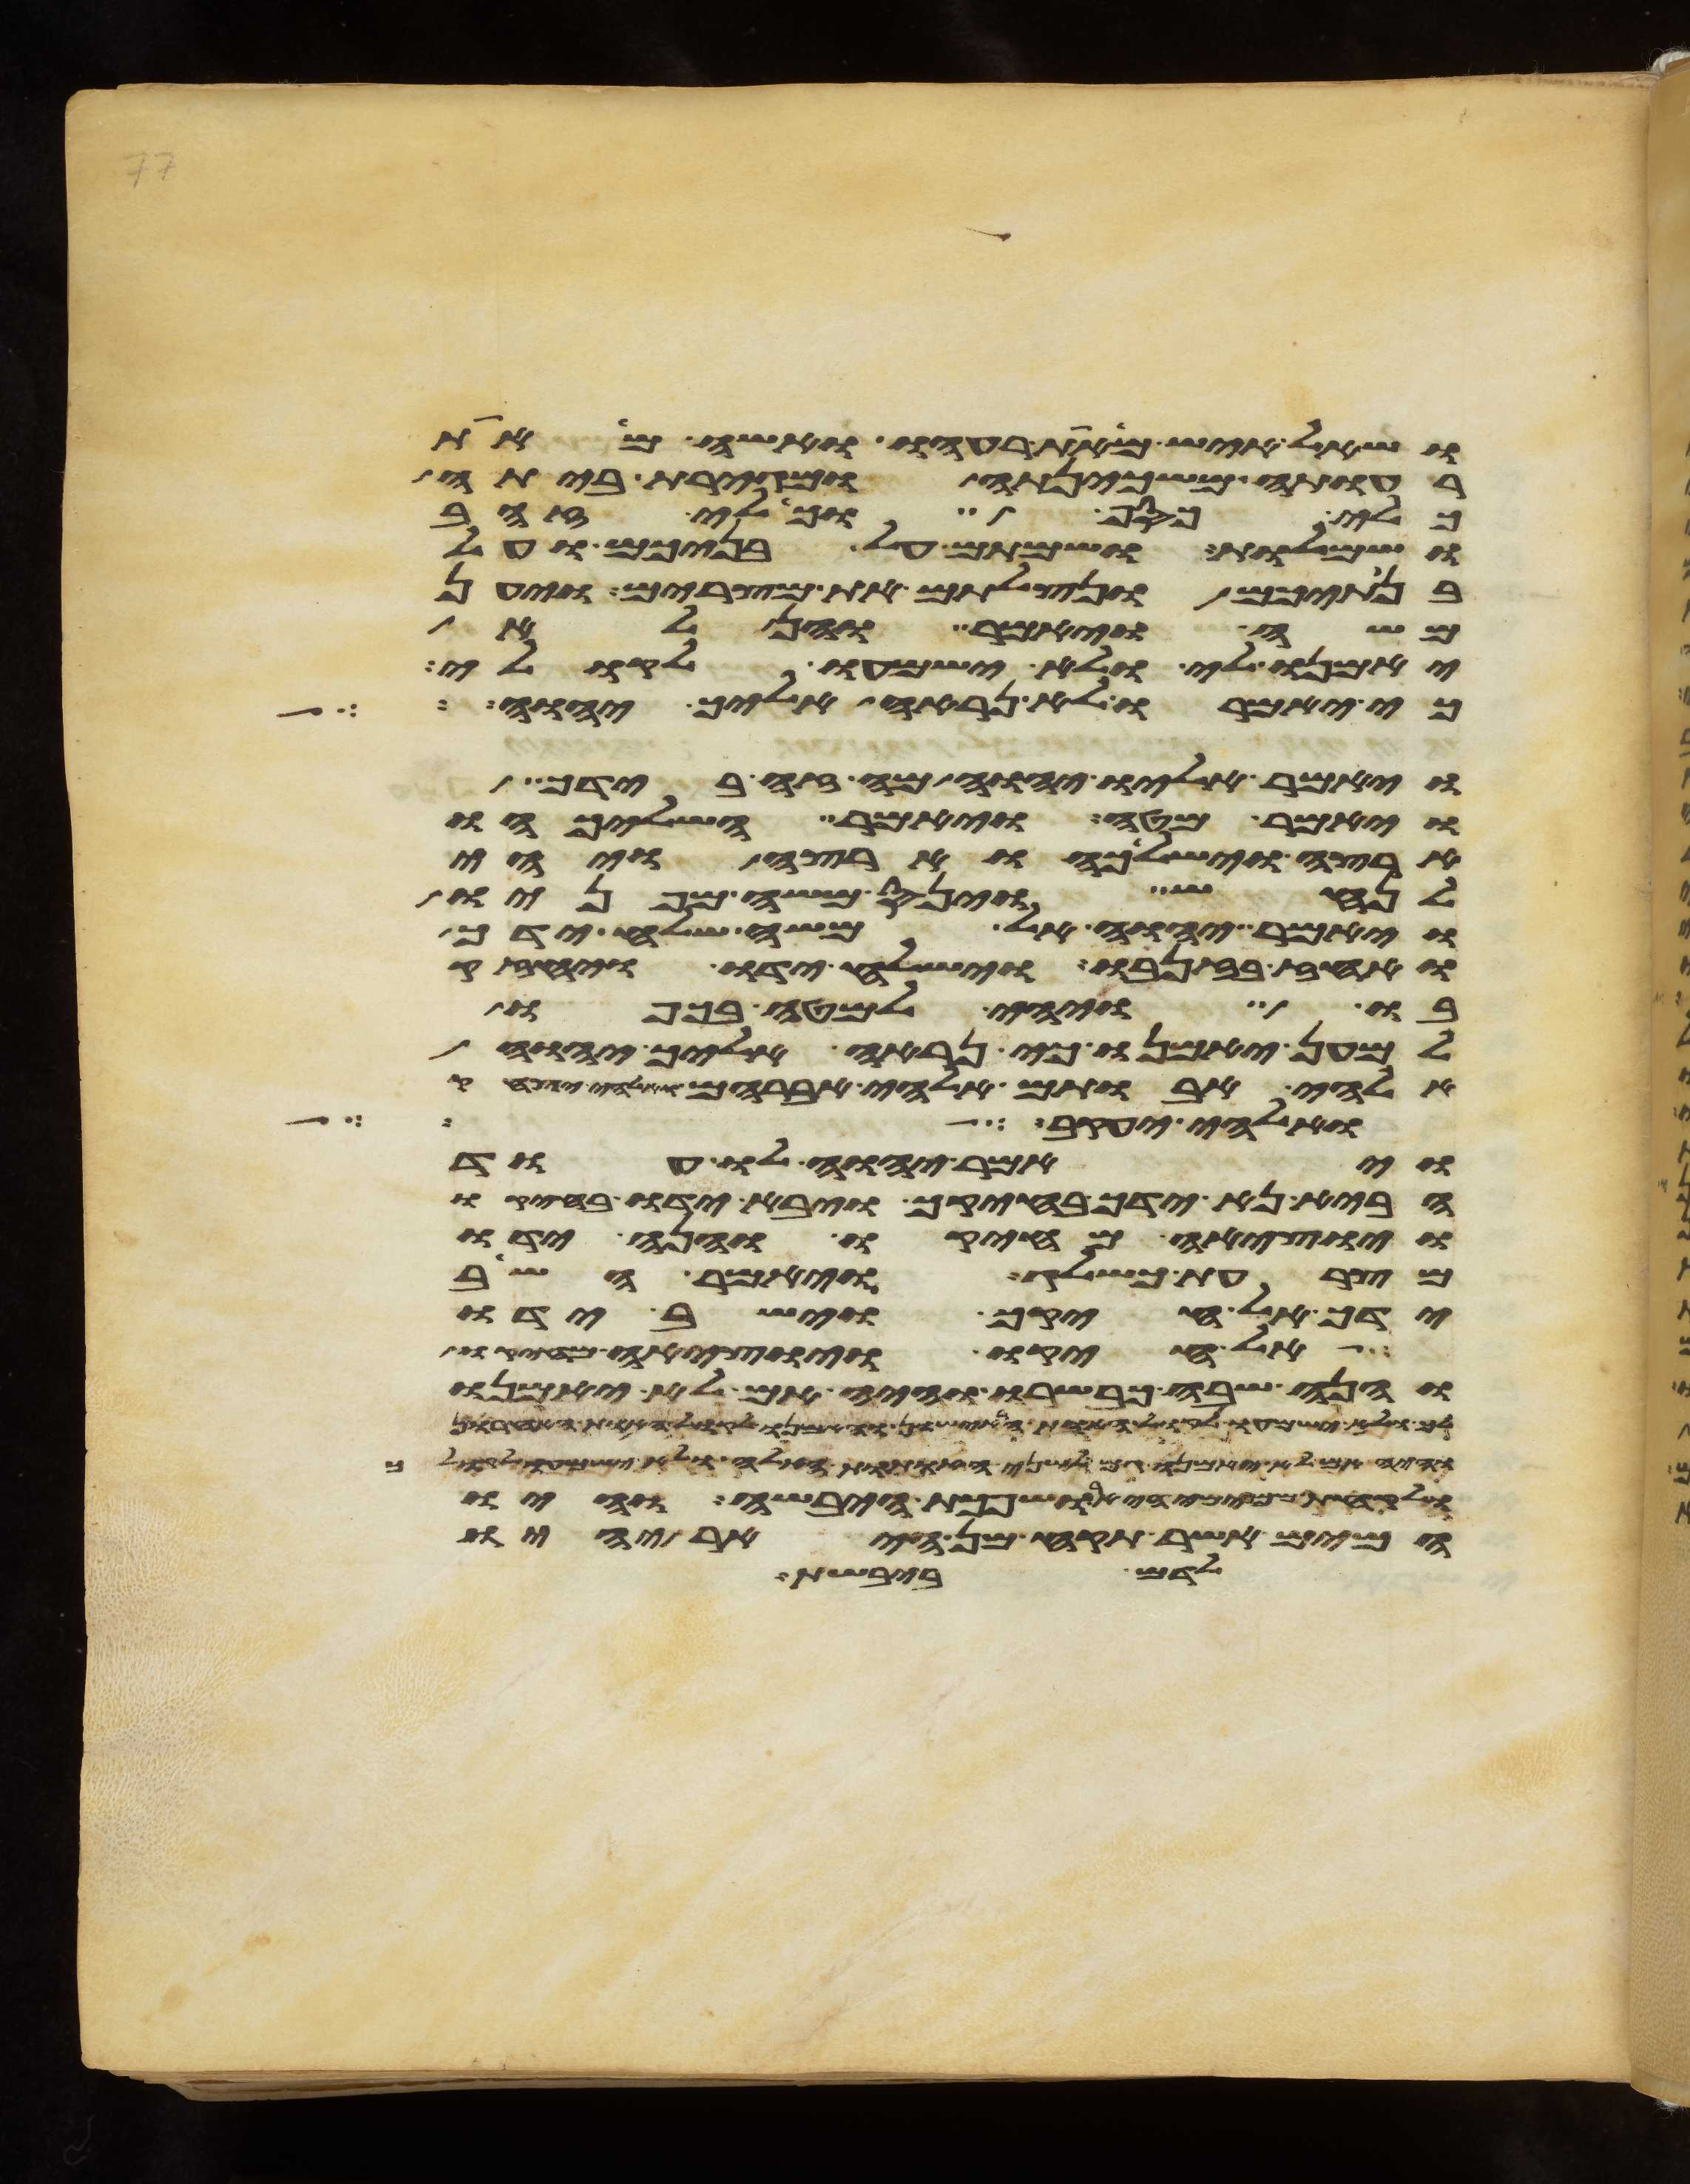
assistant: ושאל איש מאת רעהו ואשה מאת
רעותה משכינתה ומגירת ביתה
כלי כסף וכלי זהב
ושמלות ושמתם על בניכם ועל
בנתיכם ונצלתם את מצרים ויען
משה ויאמר והן לא
יאמנו לי ולא ישמעו לקולי
כי יאמרו לא נראה אליך יהוה
ויאמר אליו יהוה מה זה בידך
ויאמר מטה ויאמר השליכהו
ארצה וישלכהו ארצה ויהי
לנחש וינס משה מפניו
ויאמר יהוה אל משה שלח ידך
ואחז בזנבו וישלח ידו ויחזק
בו ויהי למטה בכפו
למען יאמנו כי נראה אליך יהוה
אלהי אבותם אלהי אברהם ואלהי יצחק
ואלהי יעקב
ויאמר יהוה לו עוד
הבא נא ידך בחיקך ויבא ידו בחיקו
ויוציאה מחיקו והנה ידו
מצרעת כשלג ויאמר השב
ידך אל חיקך וישב ידו
אל חיקו ויוציאה מחיקו
והנה שבה כבשרו והיה אם לא יאמנו
לך ולא ישמעו לקול האות הראישון והאמנו לקול האות האחרון
והיה אם לא יאמנו גם לשני האתות האלה ולא ישמעו לקולך
ולקחת ממימי היאר ושפכת היבשה והיו
המים אשר תקח מן היאר יהיו
לדם ביבשת